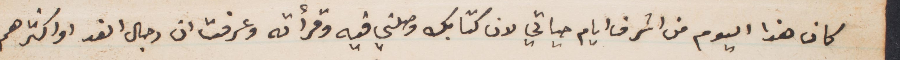
كان هذا اليوم من أشرف أيام حياتي لان كتابك وصلني فيه وقرأته وعرفت أن رجال الغد أو اكثرهم